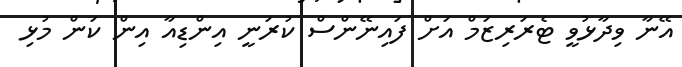
އޭނާ ވިދާޅުވީ ޓެރަރިޒަމް އަށް ފައިނޭންސް ކުރަނީ އިންޑިއާ އިން ކަން މުޅި